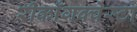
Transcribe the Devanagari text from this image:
रीकाँगक्वेस्टा